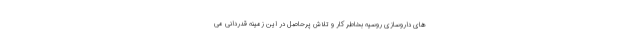
های داروسازی روسیه بخاطر کار و تلاش پرحاصل در این زمینه قدردانی می